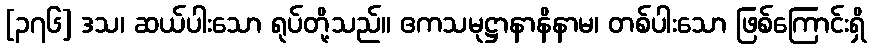
[၃၇၆] ဒသ၊ ဆယ်ပါးသော ရုပ်တို့သည်။ ဧကသမုဋ္ဌာနာနိနာမ၊ တစ်ပါးသော ဖြစ်ကြောင်းရှိ